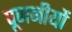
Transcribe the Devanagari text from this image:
पूजनीयों